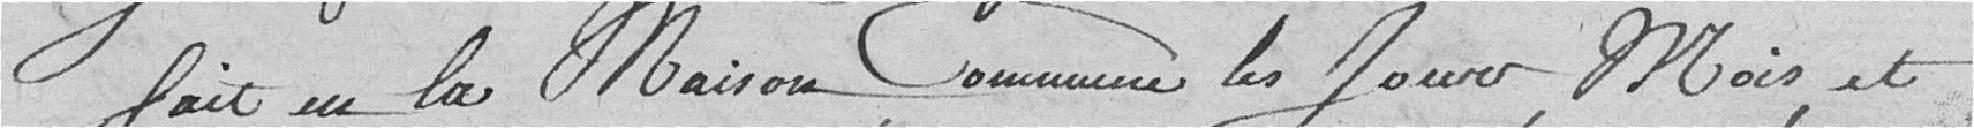
fait en la Maison Commune les jours, mois, et